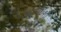
કાવાઇશી